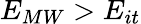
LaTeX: E_{MW}>E_{it}